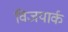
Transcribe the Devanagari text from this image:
विजयार्क